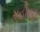
રાહોલી